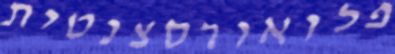
פלואורסצנטית